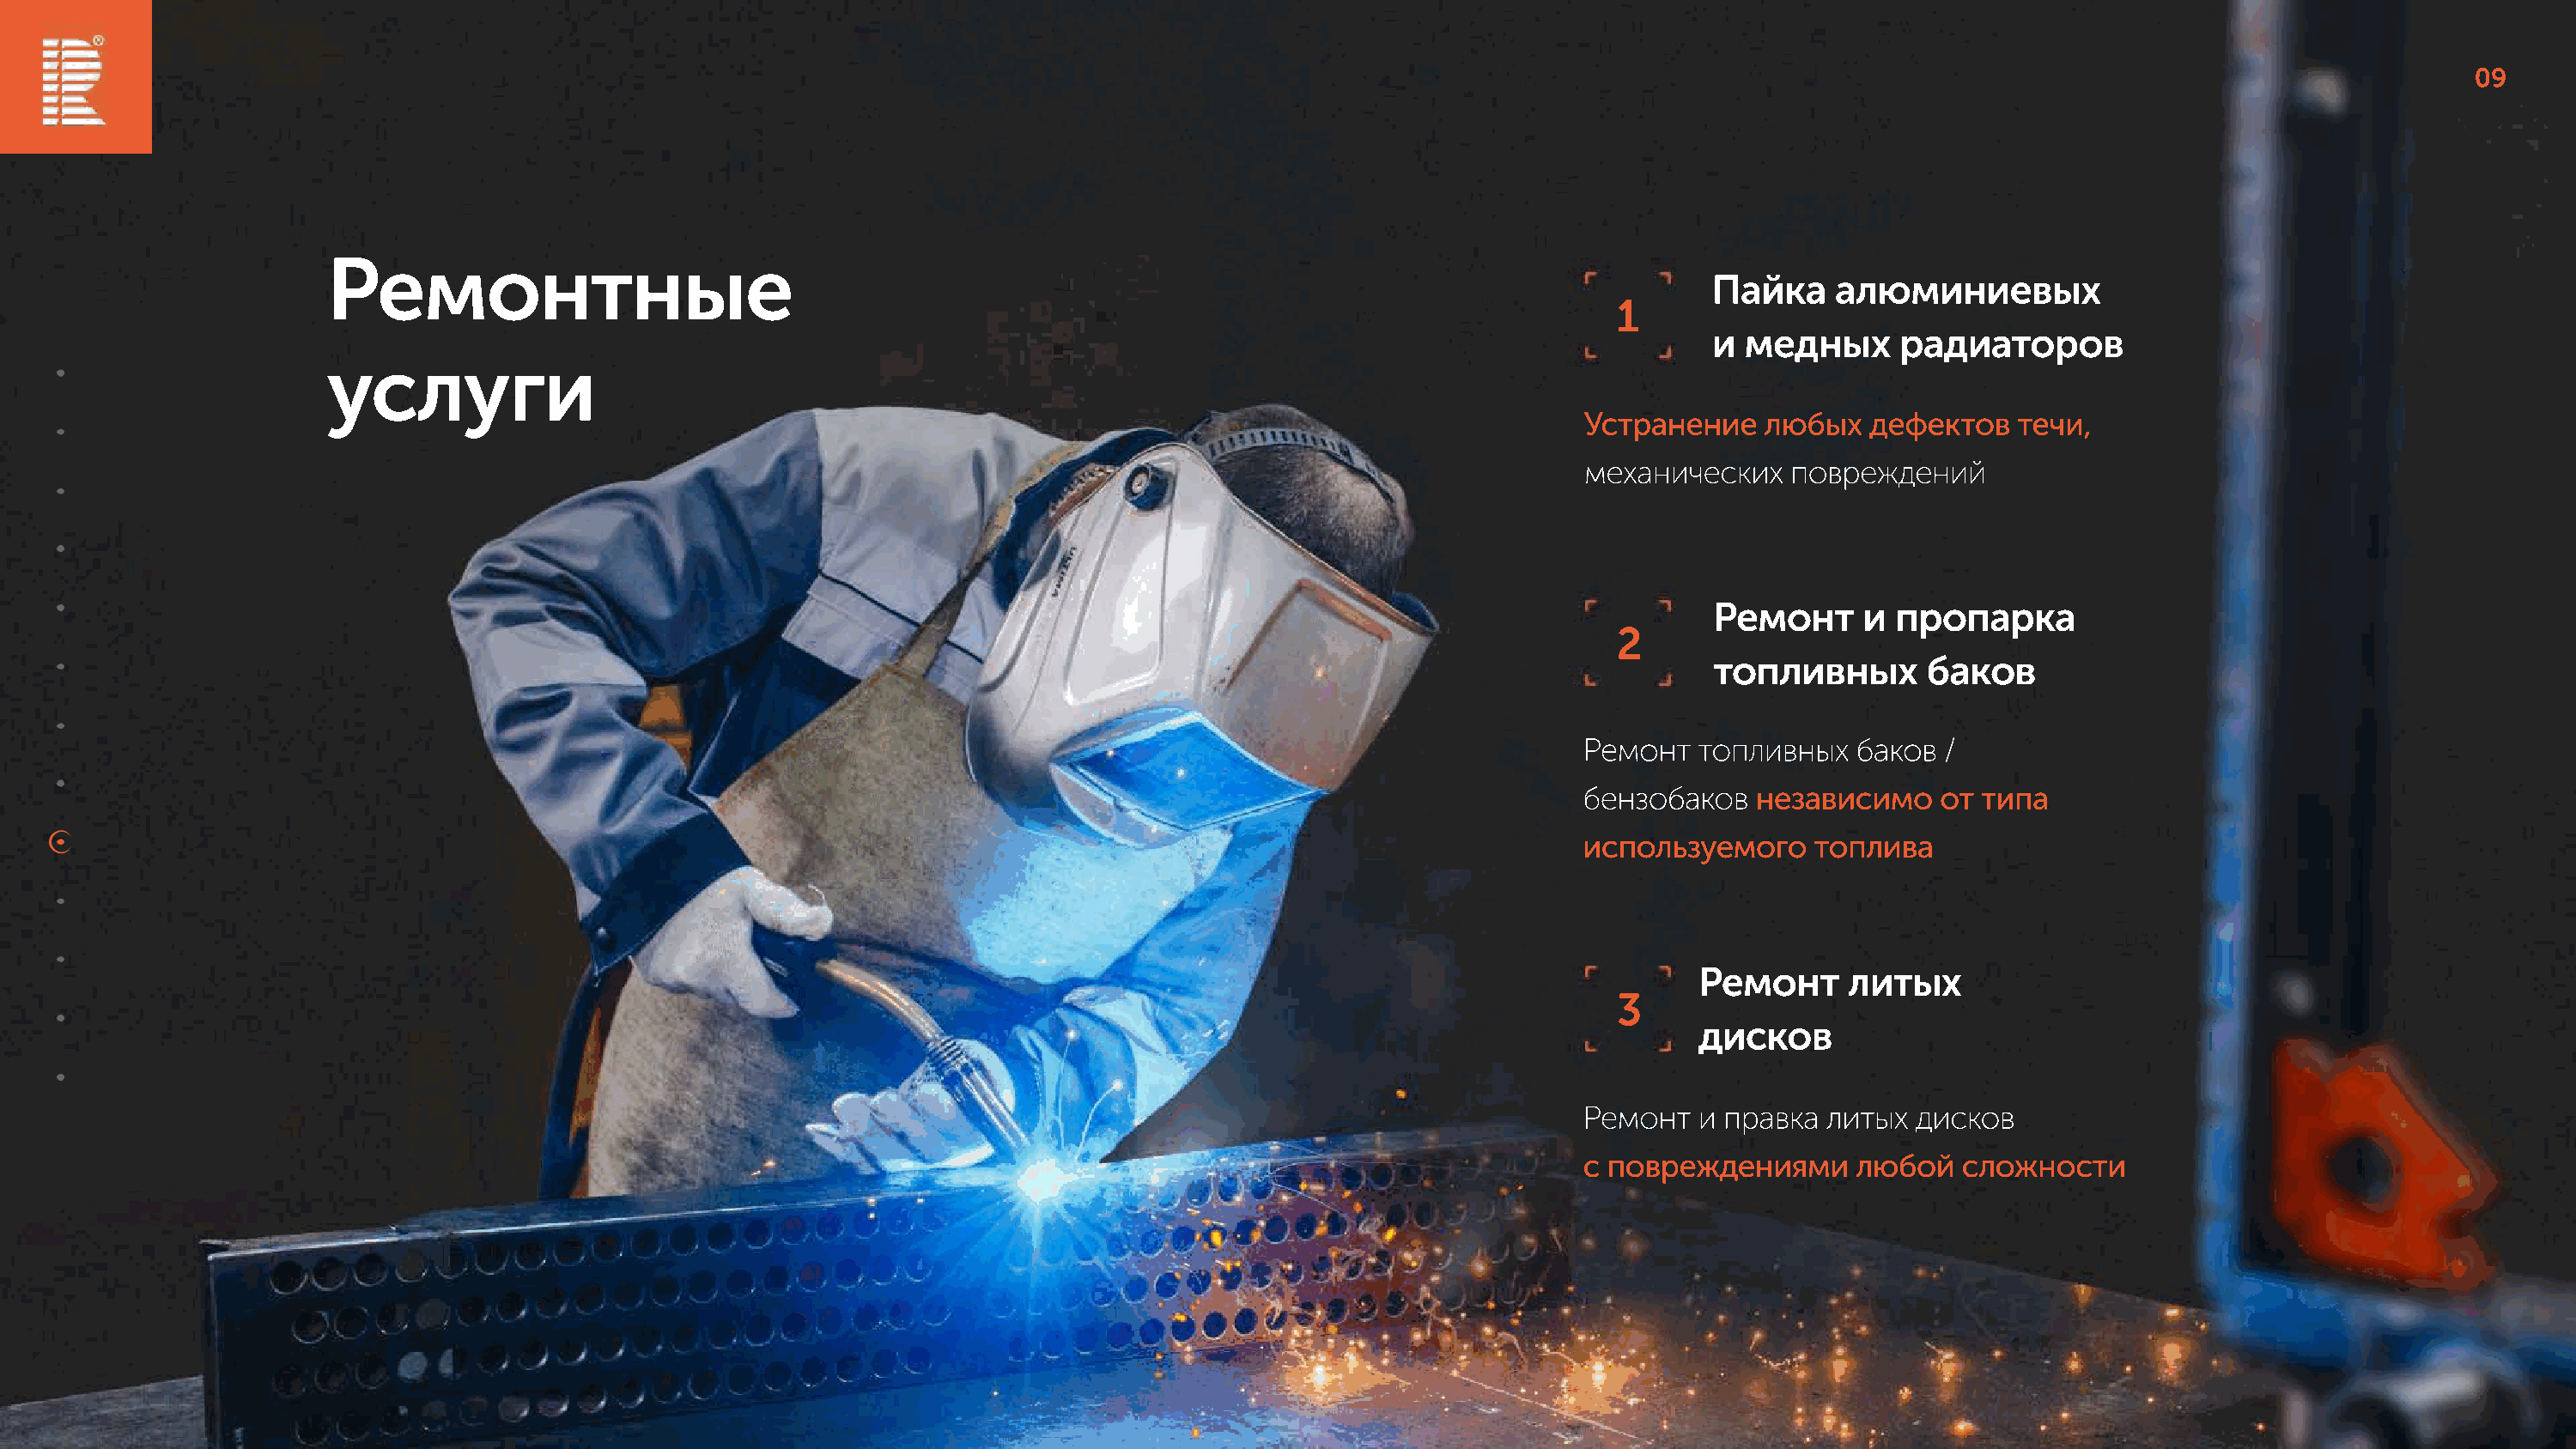
09
 Ремонтные
 Пайка    алюминиевых
 1
 и медных      радиаторов
 услуги
 Устранение    любых   дефектов    течи,
 механических    повреждений
 Ремонт      и пропарка
 2
 топливных        баков
 Ремонт   топливных   баков  /
 бензобаков   независимо     от типа
 используемого     топлива
 Ремонт     литых
 3
 дисков
 Ремонт   и правка  литых  дисков
 с повреждениями      любой   сложности